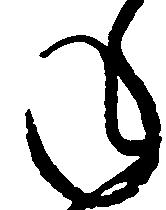
ね